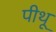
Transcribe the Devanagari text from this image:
पीथू